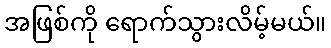
အဖြစ်ကို ရောက်သွားလိမ့်မယ်။